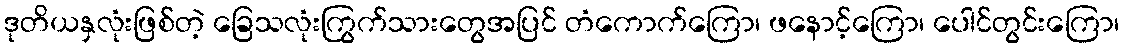
ဒုတိယနှလုံးဖြစ်တဲ့ ခြေသလုံးကြွက်သားတွေအပြင် တံကောက်ကြော၊ ဖနောင့်ကြော၊ ပေါင်တွင်းကြော၊